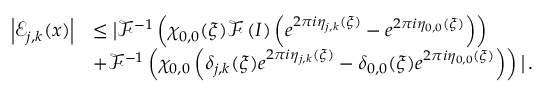
\begin{array} { r l } { \left\vert \mathcal { E } _ { j , k } ( \boldsymbol { x } ) \right\vert } & { \leq \big \vert \mathcal { F } ^ { - 1 } \left( \chi _ { 0 , 0 } ( \boldsymbol { \xi } ) \mathcal { F } \left( I \right) \left( e ^ { 2 \pi i \eta _ { j , k } ( \boldsymbol { \xi } ) } - e ^ { 2 \pi i \eta _ { 0 , 0 } ( \boldsymbol { \xi } ) } \right) \right) } \\ { \qquad } & { + \mathcal { F } ^ { - 1 } \left( \chi _ { 0 , 0 } \left( \delta _ { j , k } ( \boldsymbol { \xi } ) e ^ { 2 \pi i \eta _ { j , k } ( \boldsymbol { \xi } ) } - \delta _ { 0 , 0 } ( \boldsymbol { \xi } ) e ^ { 2 \pi i \eta _ { 0 , 0 } ( \boldsymbol { \xi } ) } \right) \right) \big \vert \, . } \end{array}